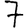
Digit: 7